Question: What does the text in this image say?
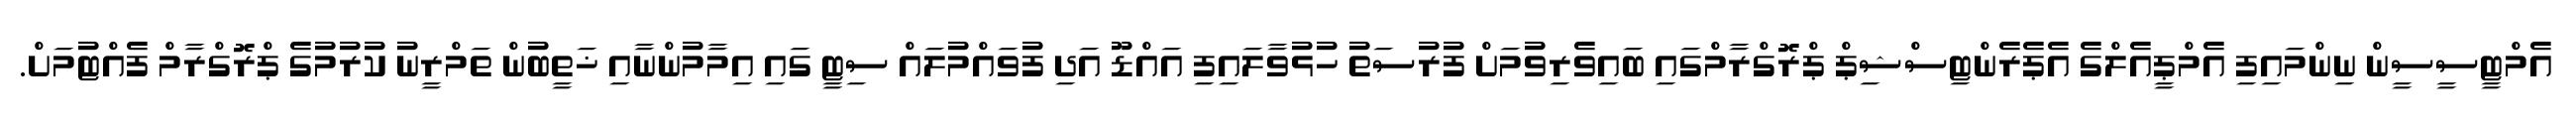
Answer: އެމްޓީސީސީން ނިންމައިފި އެމްޕީއެލްގެ އެޕެރެންޓިސްޝިޕް ޕްރޮގްރާމްގައި ބައިވެރިވުމަށް ފުރުސަތު ހުޅުވާލައިފި އައްޑޫ އަދި ފުވައްމުލައް ސިޓީ ގައި އިމާމުންނާއި ޚަތީބުން ތަމްރީނު ކުރުމުގެ ޕްރޮގްރާމް ފެއްޓުމަށް.